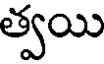
త్వయి